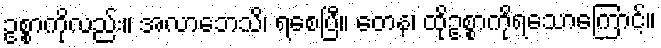
ဥစ္စာကိုလည်း။ အလာဘေသိ၊ ရစေပြီ။ တေန၊ ထိုဥစ္စာကိုရသောကြောင့်။